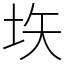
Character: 垁